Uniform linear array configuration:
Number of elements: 8
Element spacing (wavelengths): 0.75
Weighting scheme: kaiser
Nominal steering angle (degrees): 45
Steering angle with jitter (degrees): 46.052
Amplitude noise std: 0.05
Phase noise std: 0.05

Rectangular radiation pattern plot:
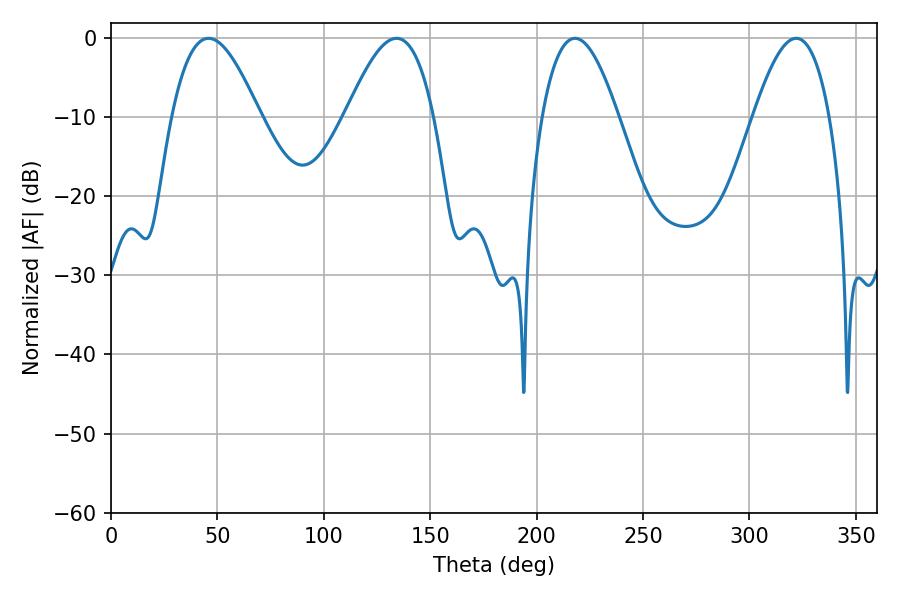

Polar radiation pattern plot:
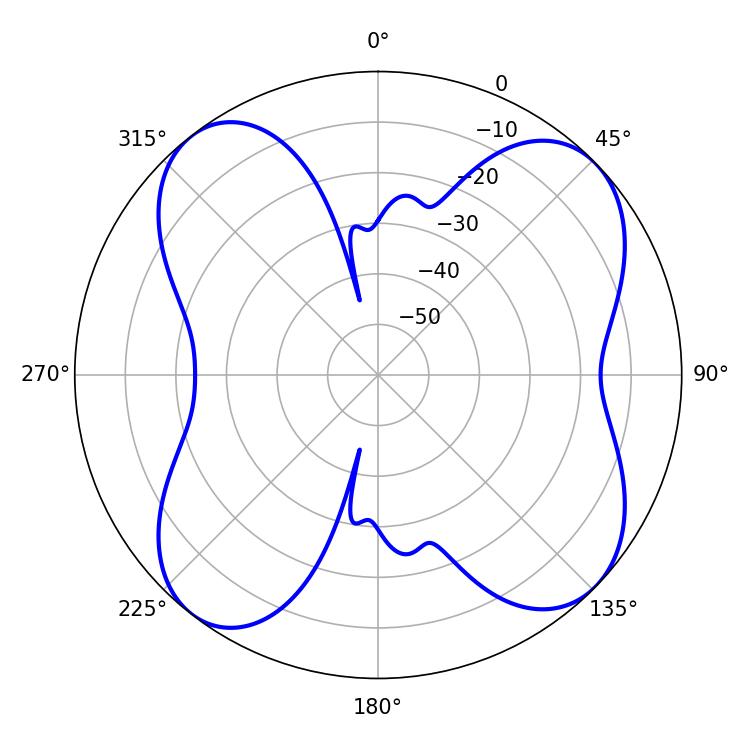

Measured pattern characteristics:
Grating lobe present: TRUE
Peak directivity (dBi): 10.766
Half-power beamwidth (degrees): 19.62
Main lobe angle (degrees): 217.98